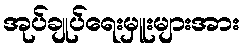
အုပ်ချုပ်ရေးမှူးများအား